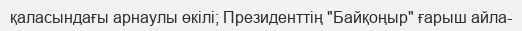
қаласындағы арнаулы өкілі; Президенттің "Байқоңыр" ғарыш айла-